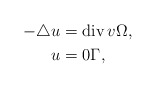
\begin{align*}-\triangle u &= \mathrm{div}\, v \Omega, \\u &= 0 \Gamma, \end{align*}